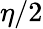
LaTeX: \eta/2